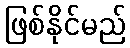
ဖြစ်နိုင်မည်